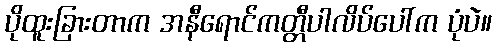
ပိုထူးခြားတာက အနီရောင်ကတ္တီပါလိပ်ပေါ်က ပုံပဲ။